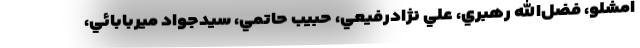
امشلو، فضل‌الله رهبري، علي نژادرفيعي، حبيب حاتمي، سيدجواد ميربابائي،